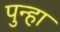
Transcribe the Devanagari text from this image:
पुन्‍हा